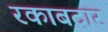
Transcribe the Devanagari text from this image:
रकाबदार